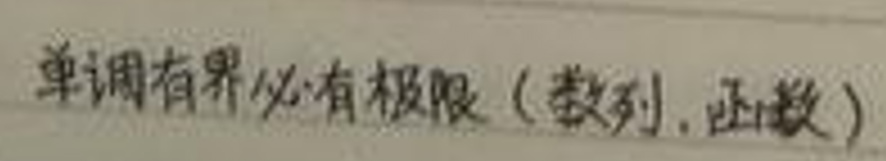
单调有界必有极限（数列,函数）